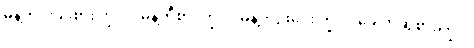
မုန့်ဟင်းခါးစားကြွပါ။ မုန့်တီစားကြွပါ၊ မုန့်ဘုဉ်းပေးကြွပါ၊ ခေါက်ဆွဲစားကြွပါ